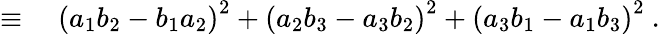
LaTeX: \begin{array}{rl}{\equiv{}}&{{}\left(a_{1}b_{2}-b_{1}a_{2}\right)^{2}+\left(a_{2}b_{3}-a_{3}b_{2}\right)^{2}+\left(a_{3}b_{1}-a_{1}b_{3}\right)^{2}\ .}\end{array}